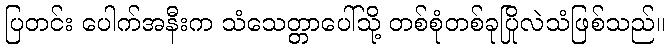
ပြတင်း ပေါက်အနီးက သံသေတ္တာပေါ်သို့ တစ်စုံတစ်ခုပြိုလဲသံဖြစ်သည်။